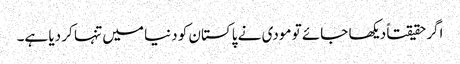
اگرحقیقتاً دیکھا جائے تو مودی نے پاکستان کو دنیا میں تنہا کر دیا ہے۔